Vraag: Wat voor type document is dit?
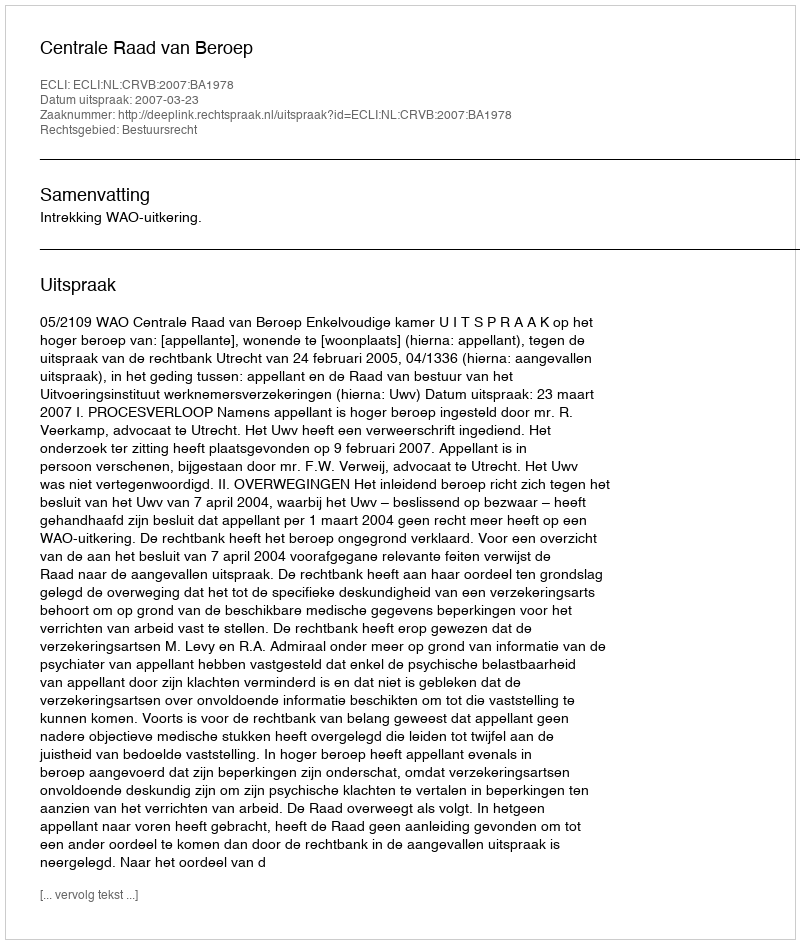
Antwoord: Uitspraak